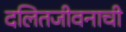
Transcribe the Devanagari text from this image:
दलितजीवनाची